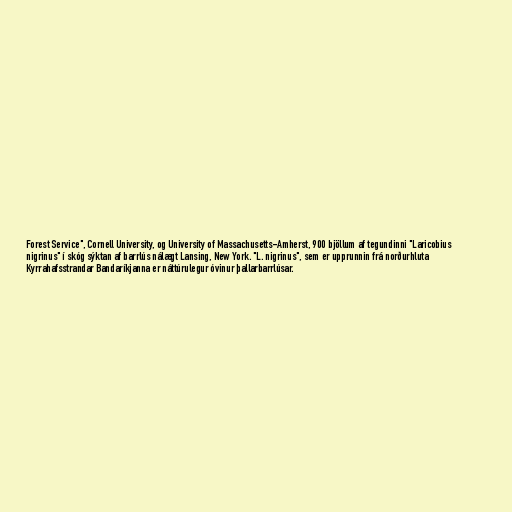
Forest Service", Cornell University, og University of Massachusetts-Amherst, 900 bjöllum af tegundinni "Laricobius
nigrinus" í skóg sýktan af barrlús nálægt Lansing, New York. "L. nigrinus", sem er upprunnin frá norðurhluta
Kyrrahafsstrandar Bandaríkjanna er náttúrulegur óvinur þallarbarrlúsar.